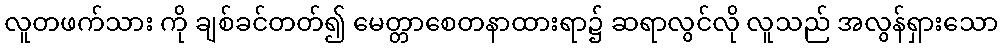
လူတဖက်သား ကို ချစ်ခင်တတ်၍ မေတ္တာစေတနာထားရာ၌ ဆရာလွင်လို လူသည် အလွန်ရှားသော